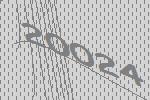
20024